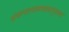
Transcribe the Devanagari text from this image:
अंकन्यस्तकरद्वयामृतघटं